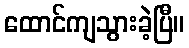
ထောင်ကျသွားခဲ့ပြီ။